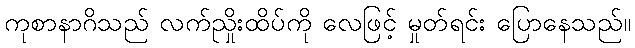
ကုစာနာဂိသည် လက်ညှိုးထိပ်ကို လေဖြင့် မှုတ်ရင်း ပြောနေသည်။